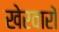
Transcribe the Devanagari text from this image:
खेरवारों